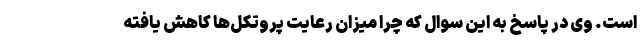
است. وی در پاسخ به این سوال که چرا میزان رعایت پروتکل‌ها کاهش یافته